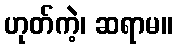
ဟုတ်ကဲ့၊ ဆရာမ။